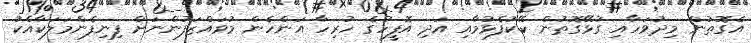
އެގޮތުން މިދުވަހާއި ގުޅޭގޮތުން ކޭކުފެޅުމާއި އަދި އޮފީހުގެ ހުރިހާ އަންހެން މުވައްޒަފުންނަށް ފިނިފެންމަލަކާއެކު